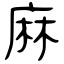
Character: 麻